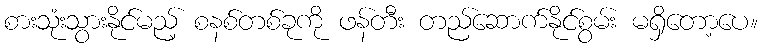
စားသုံးသွားနိုင်မည့် စနစ်တစ်ခုကို ဖန်တီး တည်ဆောက်နိုင်စွမ်း မရှိတော့ပေ။